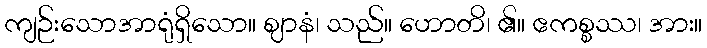
ကျဉ်းသောအာရုံရှိသော။ ဈာနံ၊ သည်။ ဟောတိ၊ ၏။ ဧကစ္စဿ၊ အား။